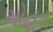
મોહર